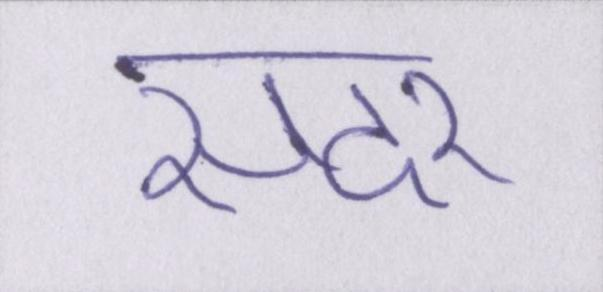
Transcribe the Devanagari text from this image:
सदर